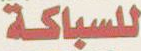
للسباكة